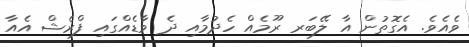
ވެއެވެ. އެގޮތުން އާ ލޭބަރ ރޫމެއް ހެދުމާއި ދެ ވާޑެއްގައި ފްރެޝް އެއާ